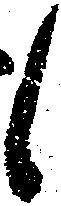
候